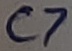
Text: C7